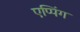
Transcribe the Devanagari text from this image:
एप्पिंग